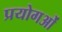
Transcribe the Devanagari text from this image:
प्रयोगओं